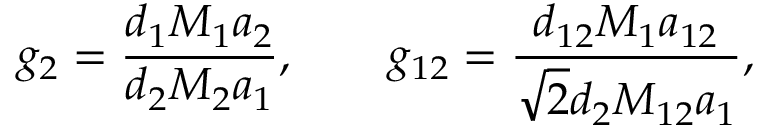
g _ { 2 } = \frac { d _ { 1 } M _ { 1 } a _ { 2 } } { d _ { 2 } M _ { 2 } a _ { 1 } } , \qquad g _ { 1 2 } = \frac { d _ { 1 2 } M _ { 1 } a _ { 1 2 } } { \sqrt { 2 } d _ { 2 } M _ { 1 2 } a _ { 1 } } ,